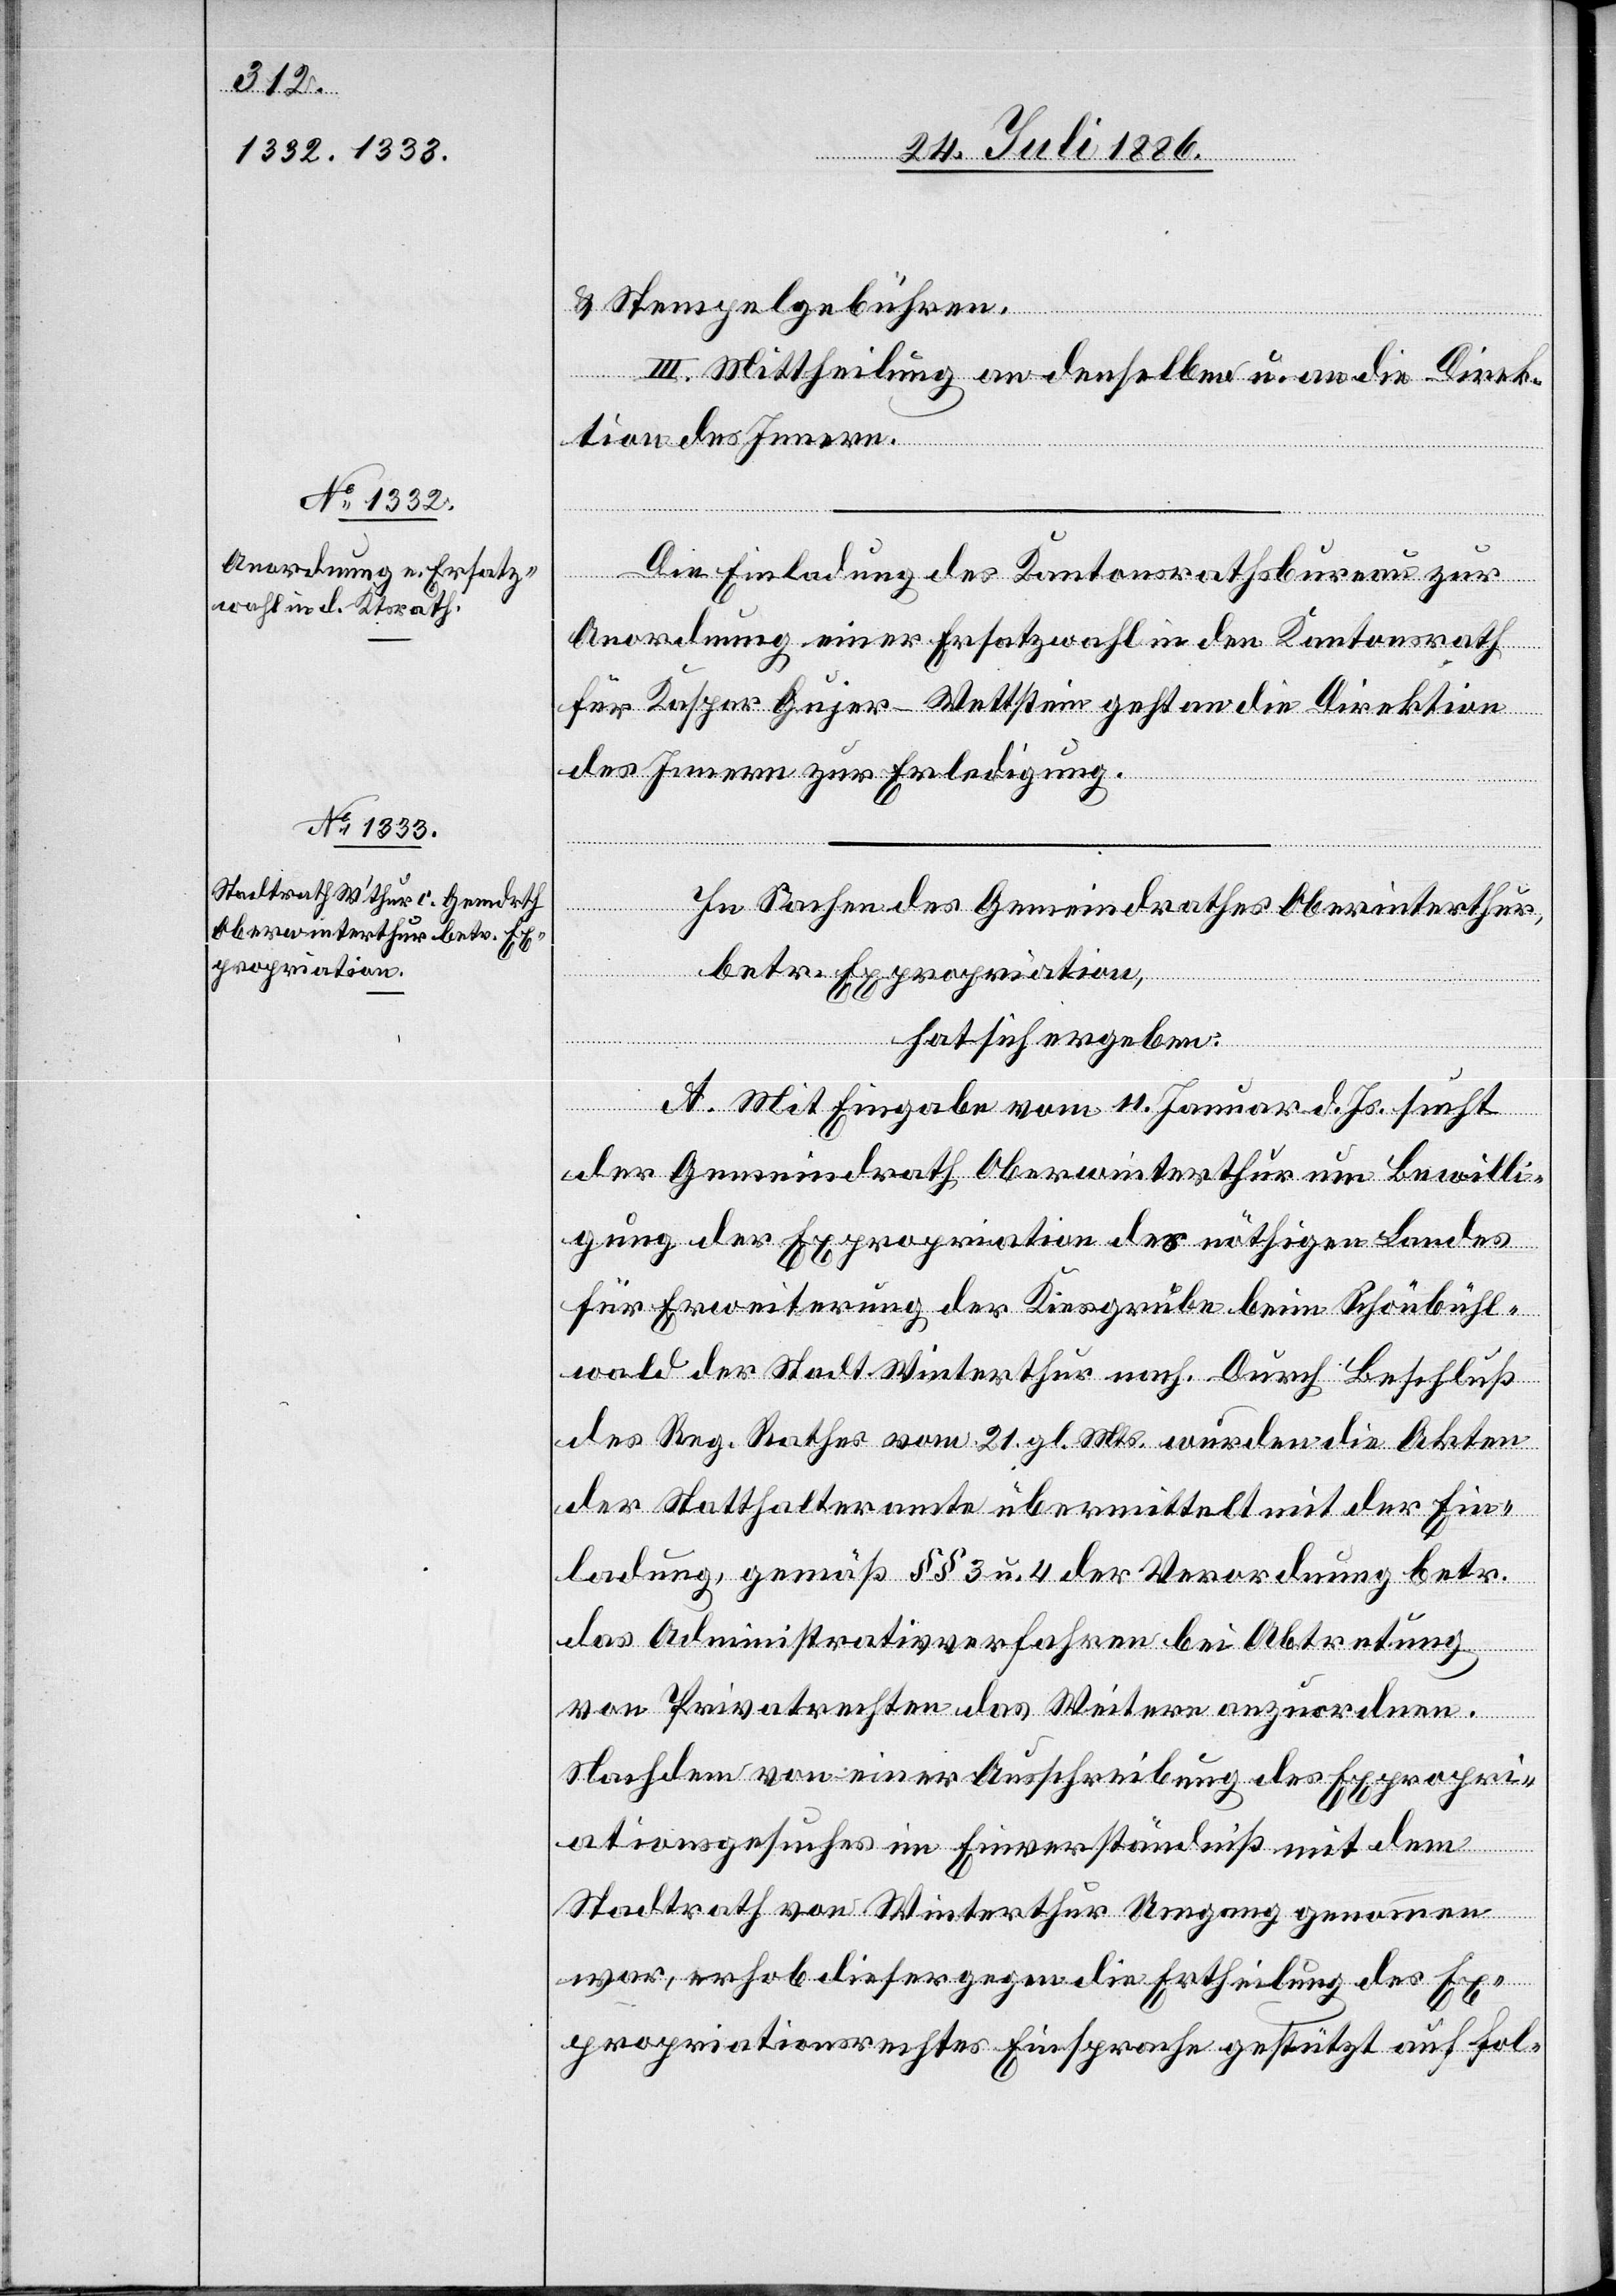
& Stempelgebühren.
III. Mittheilung an denselben u. an die Direk¬
tion des Innern.
[rec¬
Die Einladung des Kantonsrathsbureau zur
Anordnung einer Ersatzwahl in den Kantonsrath
für Kaspar Gujer-Wettstein geht an die Direktion
des Innern zur Erledigung.
In Sachen des Gemeindrathes Oberwinterthur,
betr. Expropriation,
hat sich ergeben:
A. Mit Eingabe vom 11. Januar d. Js. sucht
der Gemeindrath Oberwinterthur um Bewilli¬
gung der Expropriation des nöthigen Landes
für Erweiterung der Kiesgrube beim Schönbühl¬
wald der Stadt Winterthur nach. Durch Beschluß
des Reg. Rathes vom 21. gl. Mts. wurden die Akten
te: Statthalterämter] übermittelt mit der Ein¬
ladung, gemäß §§ 3 u. 4 der Verordnung betr.
das Administrativverfahren bei Abtretung
von Privatrechten das Weitere anzuordnen.
Nachdem von einer Ausschreibung des Expropri¬
ationsgesuches im Einverständniß mit dem
Stadtrath von Winterthur Umgang genommen
war, erhob dieser gegen die Ertheilung des Ex¬
propriationsrechtes Einsprache gestützt auf fol-